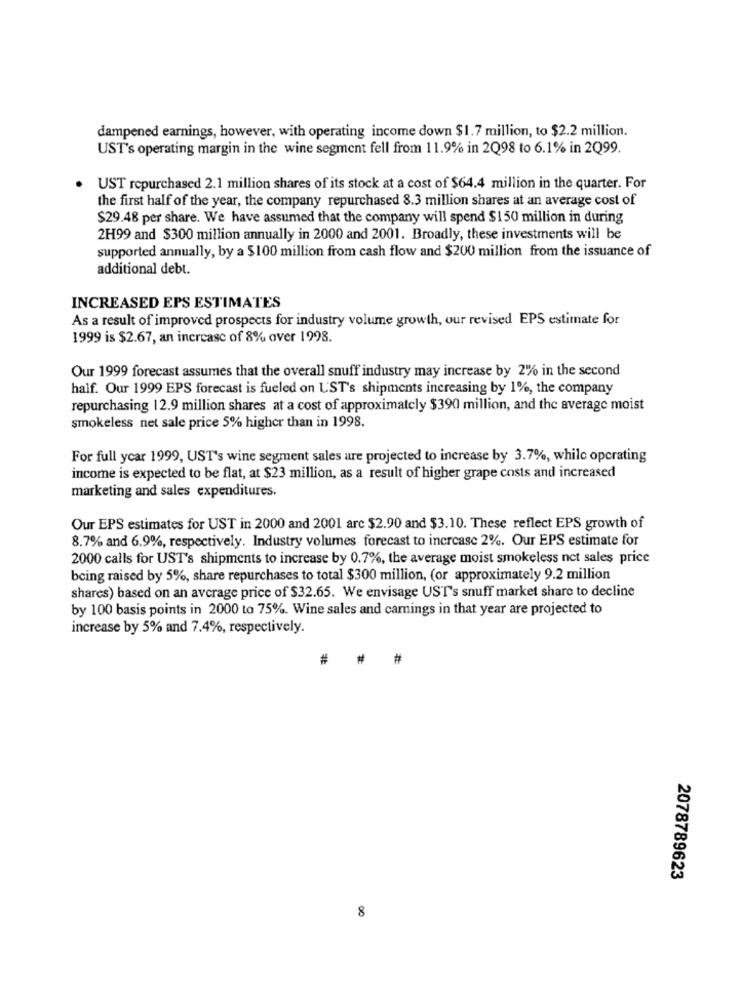
dampened earnings, however, with operating income down $1.7 million, to $2.2 million.
UST's operating margin in the wine segment fell from 11.9% in 2Q98 to 6.1% in 2Q99.
UST repurchased 2.1 million shares of its stock at a cost of $64.4 million in the quarter. For
the first half of the year, the company repurchased 8.3 million shares at an average cost of
$29.48 per share. We have assumed that the company will spend $150 million in during
2H99 and $300 million annually in 2000 and 2001. Broadly, these investments will be
supported annually, by a $100 million from cash flow and $200 million from the issuance of
additional debt.
INCREASED EPS ESTIMATES
As a result of improved prospects for industry volume growth, our revised EPS estimate for
1999 is $2.67, an increase of 8% over 1998.
Our 1999 forecast assumes that the overall snuff industry may increase by 2% in the second
half. Our 1999 EPS forecast is fueled on UST's shipments increasing by 1%, the company
repurchasing 12.9 million shares at a cost of approximately $390 million, and the average moist
smokeless net sale price 5% higher than in 1998.
For full year 1999, UST's wine segment sales are projected to increase by 3.7%, while operating
income is expected to be flat, at $23 million, as a result of higher grape costs and increased
marketing and sales expenditures.
Our EPS estimates for UST in 2000 and 2001 arc $2.90 and $3.10. These reflect EPS growth of
8.7% and 6.9%, respectively. Industry volumes forecast to increase 2%. Our EPS estimate for
2000 calls for UST's shipments to increase by 0.7%, the average moist smokeless net sales price
being raised by 5%, share repurchases to total $300 million, for approximately 9.2 million
shares) based on an average price of $32.65. We envisage UST's snuff market share to decline
by 100 basis points in 2000 to 75%. Wine sales and camings in that year are projected to
increase by 5% and 7.4%, respectively.
#
#
2078789623
8